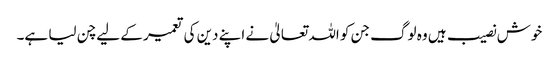
خوش نصیب ہیں وہ لوگ جن کو اللہ تعالیٰ نے اپنے دین کی تعمیر کے لیے چن لیا ہے۔